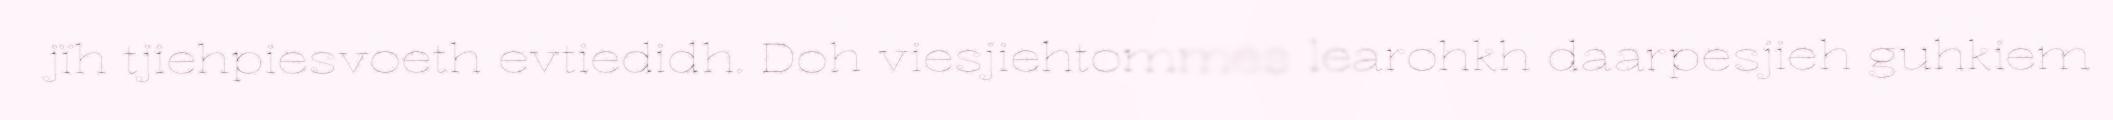
jïh tjiehpiesvoeth evtiedidh. Doh viesjiehtommes learohkh daarpesjieh guhkiem